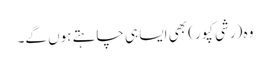
وہ (رشی کپور) بھی ایسا ہی چاہتے ہوں گے۔